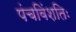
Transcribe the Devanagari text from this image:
पंचविंशतिः